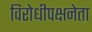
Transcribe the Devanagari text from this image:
विरोधीपक्षनेता